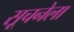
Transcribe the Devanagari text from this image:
सूचनेला